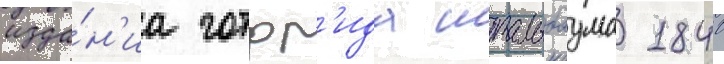
изда́н'иа готфр'ида штальбаума 1840